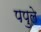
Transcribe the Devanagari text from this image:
पपुले